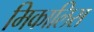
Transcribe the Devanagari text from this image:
मिकालिस